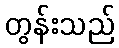
တွန်းသည်